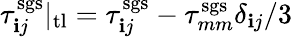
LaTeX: \tau_{\mathbf{i}j}^{\mathrm{{sgs}}}|_{\mathrm{{tl}}}=\tau_{\mathbf{i}j}^{\mathrm{{sgs}}}-\tau_{mm}^{\mathrm{{sgs}}}\delta_{\mathbf{i}j}/3